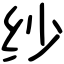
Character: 纱